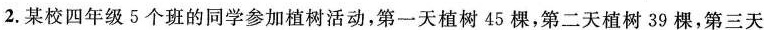
2.某校四年级5个班的同学参加植树活动，第一天植树45棵，第二天植树39棵，第三天